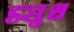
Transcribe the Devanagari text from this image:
ड्युश्च